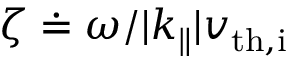
\zeta \doteq \omega / | k _ { \parallel } | v _ { \mathrm { t h , i } }